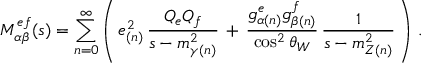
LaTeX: M _ { \alpha \beta } ^ { e f } ( s ) = \sum _ { n = 0 } ^ { \infty } \left( \, e _ { ( n ) } ^ { 2 } \, \frac { Q _ { e } Q _ { f } } { s - m _ { \gamma ( n ) } ^ { 2 } } \, + \, \frac { g _ { \alpha ( n ) } ^ { e } g _ { \beta ( n ) } ^ { f } } { \cos ^ { 2 } \theta _ { W } } \, \frac { 1 } { s - m _ { Z ( n ) } ^ { 2 } } \, \right) \, .